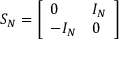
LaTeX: S _ { N } = { \left[ \begin{array} { l l } { 0 } & { I _ { N } } \\ { - I _ { N } } & { 0 } \end{array} \right] }